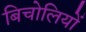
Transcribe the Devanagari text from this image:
बिचोलियों